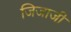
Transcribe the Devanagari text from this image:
जिजाजी